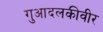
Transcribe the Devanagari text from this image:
गुआदलकीवीर